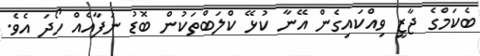
ބެކަމްގެ ޖާޒީ ވިއްކައިގެން އޭނާ ކުޅޭ ކްލަބްތަކުން ބޮޑު ނަފާއެއް ހޯދަ އެވެ.